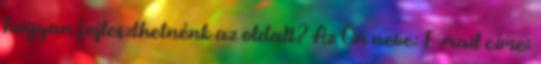
hogyan fejleszthetnénk az oldalt? Az Ön neve: E-mail címe: